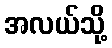
အလယ်သို့